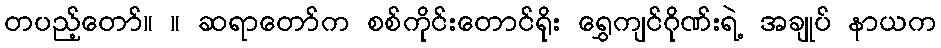
တပည့်တော်။ ။ ဆရာတော်က စစ်ကိုင်းတောင်ရိုး ရွှေကျင်ဂိုဏ်းရဲ့ အချုပ် နာယက